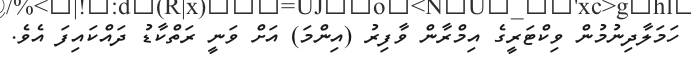
ހަމަލާދިނުމުން ވިކްޓަރީގެ އިމްރާން ވާފިރު (އިންމަ) އަށް ވަނީ ރަތްކާޑު ދައްކައިފަ އެވެ.